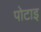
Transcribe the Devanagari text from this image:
पोटाइ